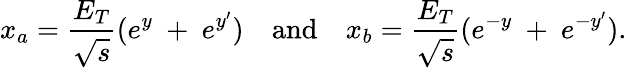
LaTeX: x_{a}=\frac{E_{T}}{\sqrt{s}}(e^{y}\ +\ e^{y^{\prime}})\ \ \ \ \mathrm{and}\ \ \ \ x_{b}=\frac{E_{T}}{\sqrt{s}}(e^{-y}\ +\ e^{-y^{\prime}}).